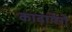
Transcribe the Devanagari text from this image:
काबायेरो